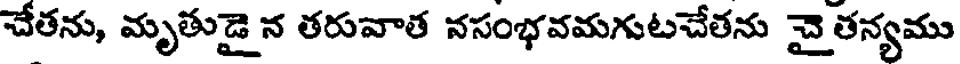
చేతను, మృతుడై న తరువాత నసంభవమగుటచేతను చై తన్యము